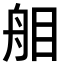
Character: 𦨧